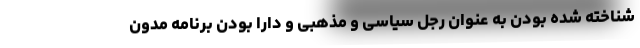
شناخته شده بودن به عنوان رجل سیاسی و مذهبی و دارا بودن برنامه مدون